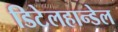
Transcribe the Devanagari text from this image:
डिटेलहान्डेल